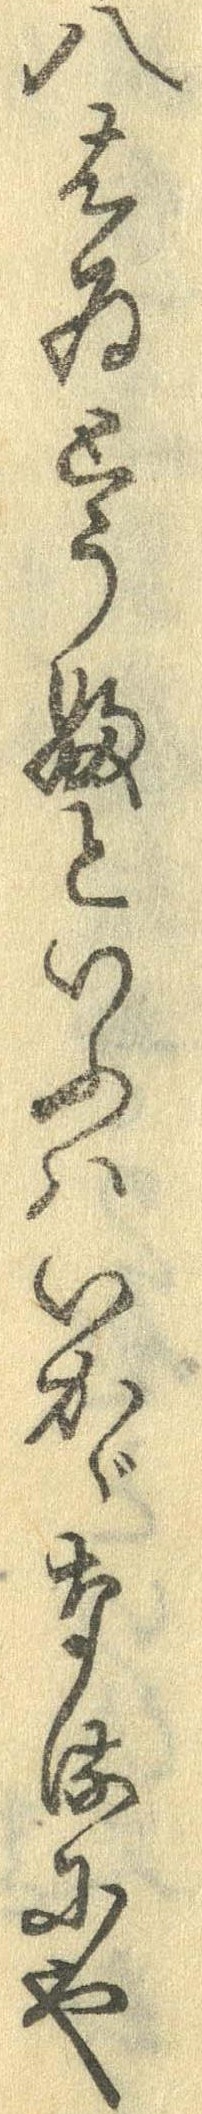
八はゐとうふといふはいかゞなるにや